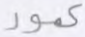
عمود